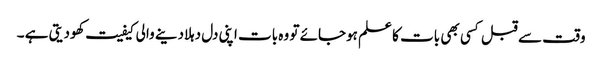
وقت سے قبل کسی بھی بات کا علم ہوجائے تو وہ بات اپنی دل دہلادینے والی کیفیت کھودیتی ہے ۔